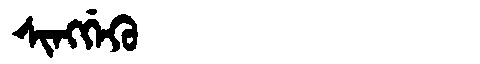
Manchu: ᠰᡳᠩᡤᡝᡴᡠ
Romanization: SINGGEKU